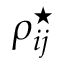
\rho _ { i j } ^ { \star }